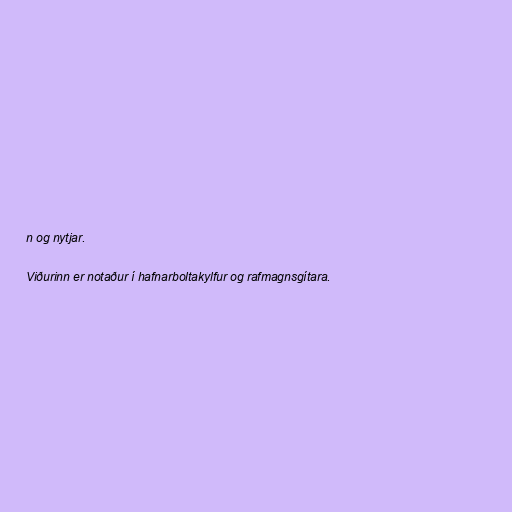
n og nytjar.

Viðurinn er notaður í hafnarboltakylfur og rafmagnsgítara.